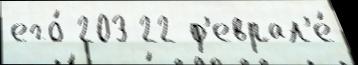
его́ 203 22 ф'еврал'е́